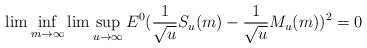
\begin{align*}\lim\inf_{m\rightarrow\infty}\lim\sup_{u\rightarrow\infty}E^{0}(\frac{1}{\sqrt{u}}S_{u}(m)-\frac{1}{\sqrt{u}}M_{u}(m))^{2}=0\end{align*}